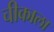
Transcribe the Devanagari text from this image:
चीकाला